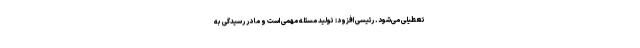
تعطیلی می‌شود. رئیسی افزود: تولید مسئله مهمی است و ما در رسیدگی به